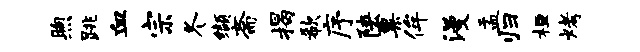
煦跳血宗冬缬斋揭欷序陕粟侔漫盂归桓烤